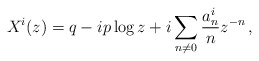
\begin{align*}X^i(z)=q-ip\log z+i\sum_{n\neq 0}{a^i_n\over n}z^{-n}\,,\end{align*}